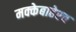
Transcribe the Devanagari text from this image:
मक्केबाहेरच